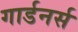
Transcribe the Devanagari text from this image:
गार्डनर्स